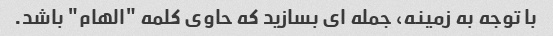
با توجه به زمینه، جمله ای بسازید که حاوی کلمه "الهام" باشد.